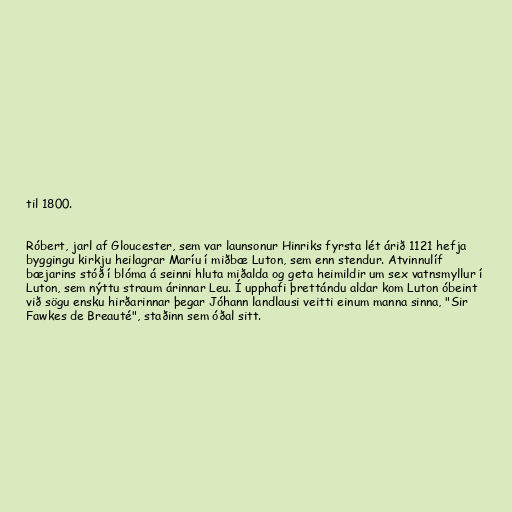
til 1800.

Róbert, jarl af Gloucester, sem var launsonur Hinriks fyrsta lét árið 1121 hefja
byggingu kirkju heilagrar Maríu í miðbæ Luton, sem enn stendur. Atvinnulíf
bæjarins stóð í blóma á seinni hluta miðalda og geta heimildir um sex vatnsmyllur í
Luton, sem nýttu straum árinnar Leu. Í upphafi þrettándu aldar kom Luton óbeint
við sögu ensku hirðarinnar þegar Jóhann landlausi veitti einum manna sinna, "Sir
Fawkes de Breauté", staðinn sem óðal sitt.